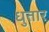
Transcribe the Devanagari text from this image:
धुतार